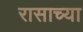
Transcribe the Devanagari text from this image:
रासाच्या